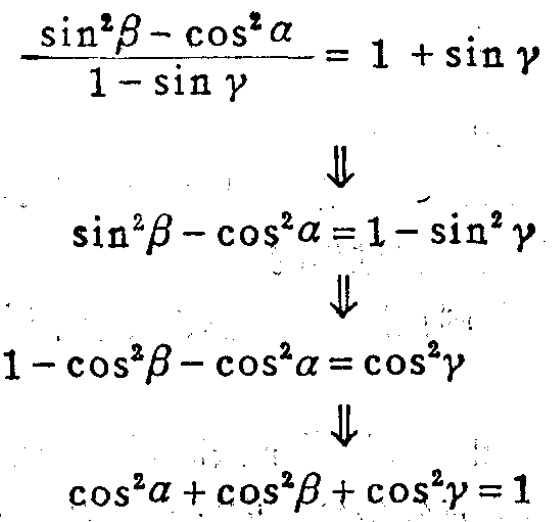
\[\begin{align*}
\frac{\sin^{2}\beta - \cos^{2}\alpha}{1 - \sin\gamma}&=1 + \sin\gamma\\
\Downarrow\\
\sin^{2}\beta - \cos^{2}\alpha&=1 - \sin^{2}\gamma\\
\Downarrow\\
1 - \cos^{2}\beta - \cos^{2}\alpha&=\cos^{2}\gamma\\
\Downarrow\\
\cos^{2}\alpha+\cos^{2}\beta+\cos^{2}\gamma&=1
\end{align*}\]